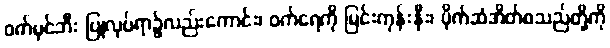
ဝက်မှင်ဘီး ပြုလုပ်ရာ၌လည်းကောင်း၊ ဝက်ရေကို မြင်းကုန်းနှီး၊ ပိုက်ဆံအိတ်စသည်တို့ကို